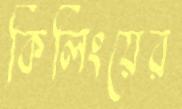
কিলিংয়ের